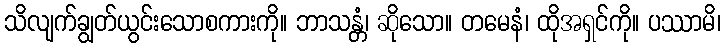
သိလျက်ချွတ်ယွင်းသောစကားကို။ ဘာသန္တံ၊ ဆိုသော။ တမေနံ၊ ထိုအရှင်ကို။ ပဿာမိ၊